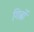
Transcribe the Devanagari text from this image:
गिब्रों